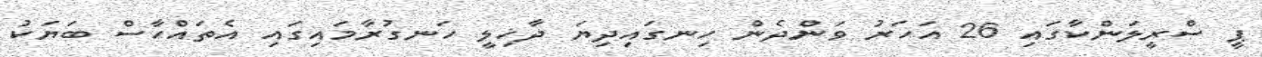
ޕީ ސްރީލަންކާގައި 26 އަހަރު ވަންދެން ހިނގައިދިޔަ ދާޚިލީ ހަނގުރާމައިގައި އެތައްހާސް ބަޔަކު